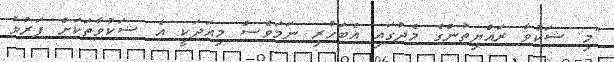
"މި ޝަކުވާ ރައްޔިތުންގެ މެދުގައި އެބަހުރި ނަމަވެސް މިއަދަކީ އެ ޝަކުވާތަކަށް ފަރުވާ